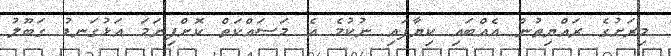
މިރަށުގެ ރައްޔިތުން އެއްބައި ކިޔާފައި ނުކުމެ އެ މަސައްކަތް ކޮށްފިނަމަ އަޅުގަނޑު ގަބޫލު